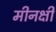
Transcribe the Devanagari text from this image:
मीनक्षी